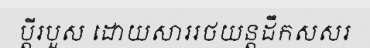
ប្តីរបួស ដោយសាររថយន្តដឹកសសរ